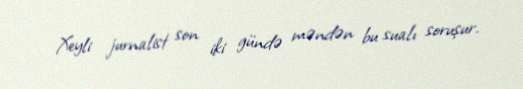
Xeyli jurnalist son iki gündə məndən bu sualı soruşur.